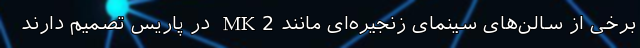
برخی از سالن‌های سینمای زنجیره‌ای مانند MK2 در پاریس تصمیم دارند